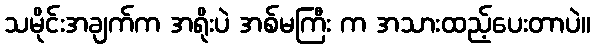
သမိုင်းအချက်က အရိုးပဲ အစ်မကြီး က အသားထည့်ပေးတာပဲ။